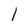
Character: 1